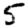
Digit: 5